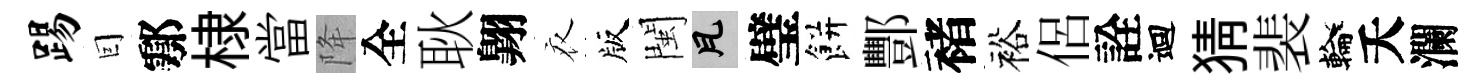
踢囙鄠棣當降全耿翺衣版閩瓦璧餅酆褚裕侶詮迴猜裴輪夭瀾